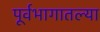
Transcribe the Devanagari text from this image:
पूर्वभागातल्या